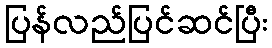
ပြန်လည်ပြင်ဆင်ပြီး